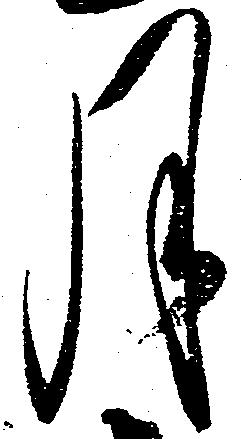
月